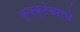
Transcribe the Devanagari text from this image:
कुक्कुटेश्वराचे